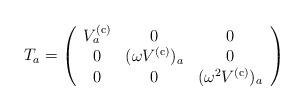
LaTeX: \begin{align*}T_a=\left( \begin{array}{ccc}V_a^{(\rm c)} & 0 & 0 \\ 0 & (\omega V^{(\rm c)})_a & 0 \\ 0 & 0 & (\omega^2 V^{(\rm c)})_a\end{array} \right)\end{align*}